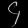
Digit: ၄